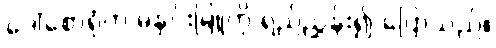
ဒေါ်စောရုံက မနှင်းမြူကို ရည်ညွှန်း၍ ပြောသည်။